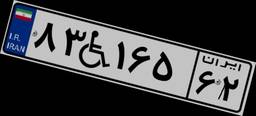
۸۳W۱۶۵۶۲